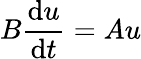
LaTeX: B{\frac{\mathrm{d}u}{\mathrm{d}t}}=Au